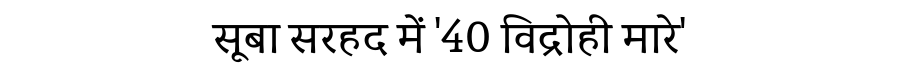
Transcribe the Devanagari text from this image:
सूबा सरहद में '40 विद्रोही मारे'